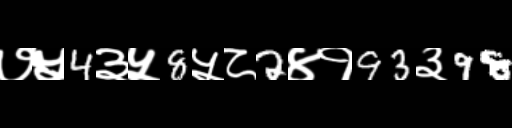
Text: ७५4३५8५८2४१93३98